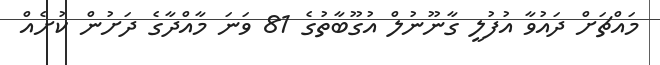
މައްޗަށް ދައުވާ އުފުލީ ގާނޫނުލް އުގޫބާތުގެ 81 ވަނަ މާއްދާގެ ދަށުން ކުށެއް